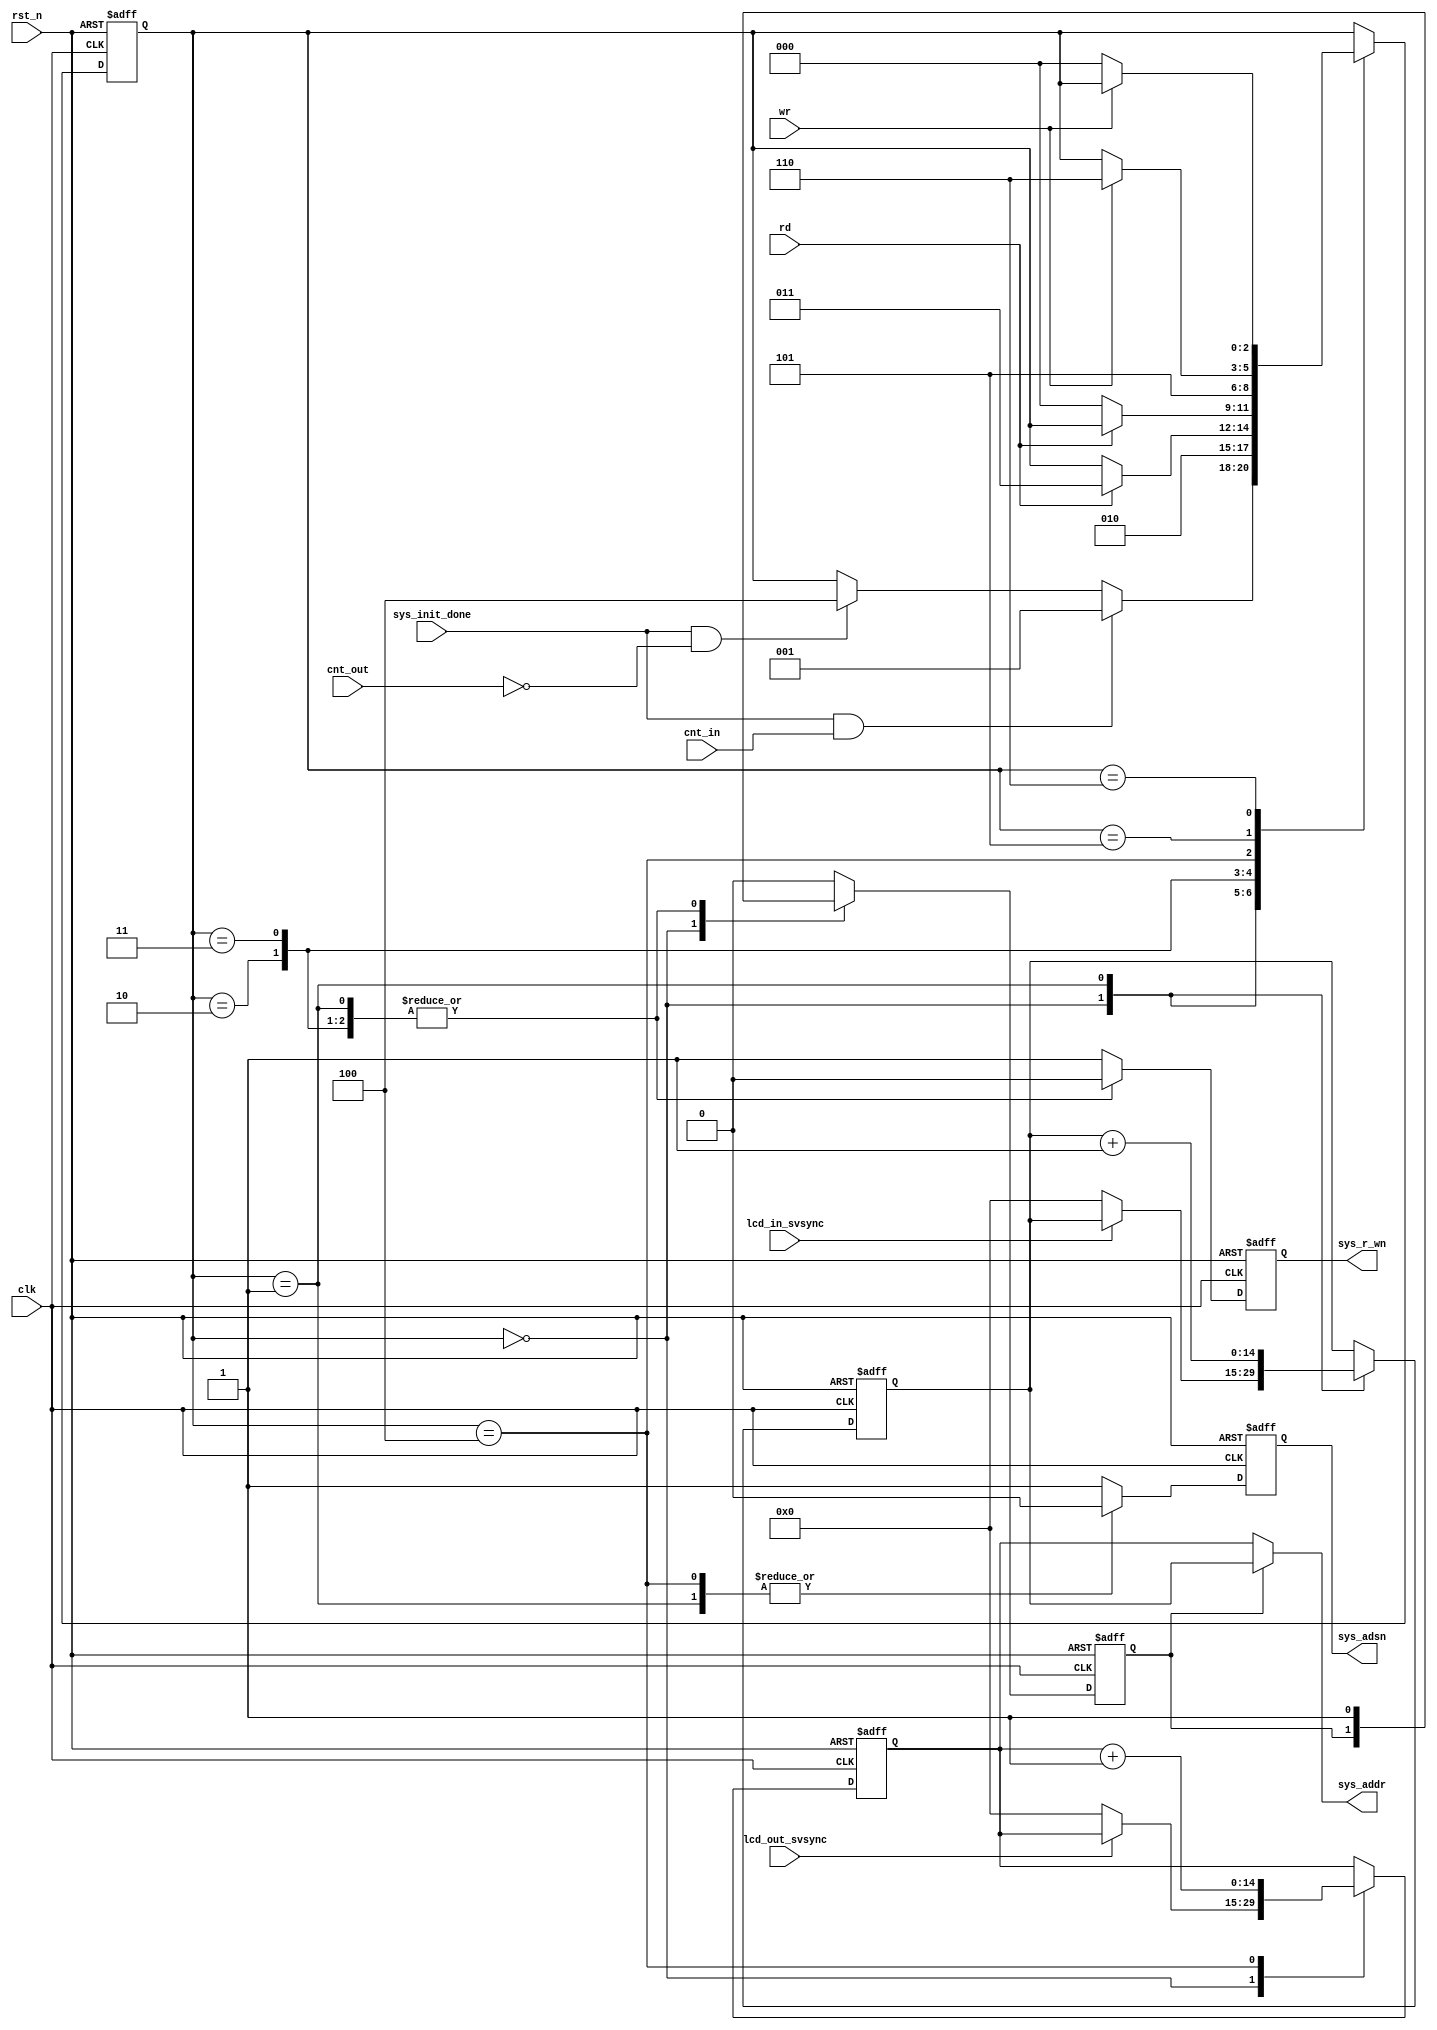
`timescale 1ns / 1ps
/*
** -----------------------------------------------------------------------------**
** frfb_io_ctrl.v
**
** Copyright (C) 2010 WeiYue
**
** -----------------------------------------------------------------------------**
**  This file is part of FRFBC (FPGA Remote Framebuffer Controller)
**  FRFBC is free software - hardware description language (HDL) code.
** 
**  This program is free software: you can redistribute it and/or modify
**  it under the terms of the GNU General Public License as published by
**  the Free Software Foundation, either version 3 of the License, or
**  (at your option) any later version.
**
**  This program is distributed in the hope that it will be useful,
**  but WITHOUT ANY WARRANTY; without even the implied warranty of
**  MERCHANTABILITY or FITNESS FOR A PARTICULAR PURPOSE.  See the
**  GNU General Public License for more details.
**
**  You should have received a copy of the GNU General Public License
**  along with this program.  If not, see <http://www.gnu.org/licenses/>.
** -----------------------------------------------------------------------------**
**
*/
module c902_io_ctrl(
clk,
rst_n,
sys_addr,
sys_adsn,
sys_r_wn,
sys_init_done,
cnt_in,
cnt_out,
lcd_in_svsync,
lcd_out_svsync,
rd,
wr
    );

input             clk;
input             rst_n;
output	[14:0]	sys_addr;
output				sys_adsn;
output				sys_r_wn;
input					sys_init_done;
input					cnt_in;
input					cnt_out;
input					lcd_in_svsync;
input					lcd_out_svsync;
input             wr;
input             rd;

reg					sys_adsn;
reg					sys_r_wn;
reg    	[2:0]    state;
reg    	[2:0]    next_state;
reg      [14:0]	addr_in_i;
reg      [14:0]	addr_out_i;
reg               ch;

reg               addi_add;
reg               addo_add;

parameter s_IDLE      = 3'b000;
parameter s_LCDIN     = 3'b001;
parameter s_LCDIN_W1  = 3'b010;
parameter s_LCDIN_W2  = 3'b011;
parameter s_LCDOUT    = 3'b100;
parameter s_LCDOUT_W1 = 3'b101;
parameter s_LCDOUT_W2 = 3'b110;

assign sys_addr = ch?addr_in_i:addr_out_i;

always @(posedge clk or negedge rst_n) begin
	if(~rst_n)
		state <= s_IDLE;
	else
		case(state)
			s_IDLE: begin
				if(sys_init_done && cnt_in) state <= s_LCDIN;
				else if(sys_init_done && (~cnt_out)) state <= s_LCDOUT;
			end
			s_LCDIN: begin
				state <= s_LCDIN_W1;
			end
			s_LCDIN_W1: begin
				if(rd) state <= s_LCDIN_W2;
			end
			s_LCDIN_W2: begin
				if(~rd)  state <= s_IDLE;
			end
			s_LCDOUT: begin
				state <= s_LCDOUT_W1;
			end
			s_LCDOUT_W1: begin
				if(wr) state <= s_LCDOUT_W2;
			end
			s_LCDOUT_W2: begin
				if(~wr) state <= s_IDLE;
			end
			
		endcase

end

always @(posedge clk or negedge rst_n) begin
   if(~rst_n) begin
		sys_r_wn 	<= 1'b1;
		sys_adsn 	<= 1'b1;
		ch       	<= 1'b0;
		addr_in_i	<= 15'b0;
		addr_out_i	<= 15'b0;
	end else begin
		case(state)
			s_IDLE:			begin
				sys_r_wn 	<= 1'b1;
				sys_adsn 	<= 1'b1;
				if(~lcd_in_svsync)addr_in_i <=  15'h0000;
				if(~lcd_out_svsync)addr_out_i <=  15'h0000;
			end
			s_LCDIN:  		begin
				sys_adsn 	<= 1'b0;
				sys_r_wn 	<= 1'b0;
				ch				<= 1'b1;
				addr_in_i <= addr_in_i+1;
			end
			s_LCDIN_W1: 	begin
				sys_r_wn 	<= 1'b0;
				sys_adsn 	<= 1'b1;
				ch				<= 1'b1;
			end
			s_LCDIN_W2:    begin
				sys_r_wn 	<= 1'b0;
				sys_adsn 	<= 1'b1;
				ch				<= 1'b1;
			end
			s_LCDOUT: 		begin
				sys_r_wn 	<= 1'b1;
				sys_adsn 	<= 1'b0;
				ch				<= 1'b0;
				addr_out_i  <= addr_out_i + 1;
			end
			s_LCDOUT_W1:   begin
				ch				<= 1'b0;
				sys_r_wn 	<= 1'b1;
				sys_adsn 	<= 1'b1;
			end
			s_LCDOUT_W2:	begin
				sys_r_wn 	<= 1'b1;
				sys_adsn 	<= 1'b1;
				ch				<= 1'b0;
			end
			default:begin
				sys_r_wn 	<= 1'b1;
				sys_adsn 	<= 1'b1;
				ch       	<= 1'b0;
			end
		endcase
	end
end


endmodule